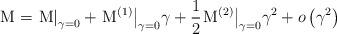
LaTeX: \begin{align*}{\rm M} = {\left. {\rm M} \right|_{\gamma = 0}} + {\left. {{{\rm M}^{(1)}}} \right|_{\gamma = 0}}\gamma + \frac{1}{2}{\left. {{{\rm M}^{(2)}}} \right|_{\gamma = 0}}{\gamma ^2} + o\left( {{\gamma ^2}} \right)\end{align*}